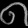
Digit: ၈